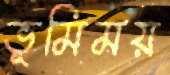
ভূমিময়